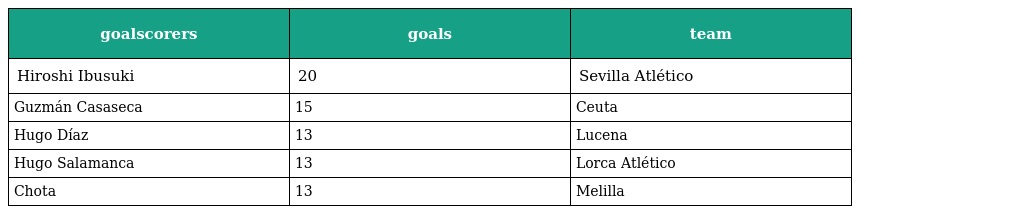
| goalscorers | goals | team |
 | --- | --- | --- |
 | Hiroshi Ibusuki | 20 | Sevilla Atlético |
 | Guzmán Casaseca | 15 | Ceuta |
 | Hugo Díaz | 13 | Lucena |
 | Hugo Salamanca | 13 | Lorca Atlético |
 | Chota | 13 | Melilla |